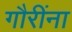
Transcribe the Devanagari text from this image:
गौरींना